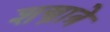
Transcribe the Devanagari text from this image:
शस्त्रात्रे